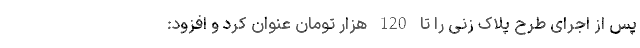
پس از اجرای طرح پلاک زنی را تا 120 هزار تومان عنوان کرد و افزود: